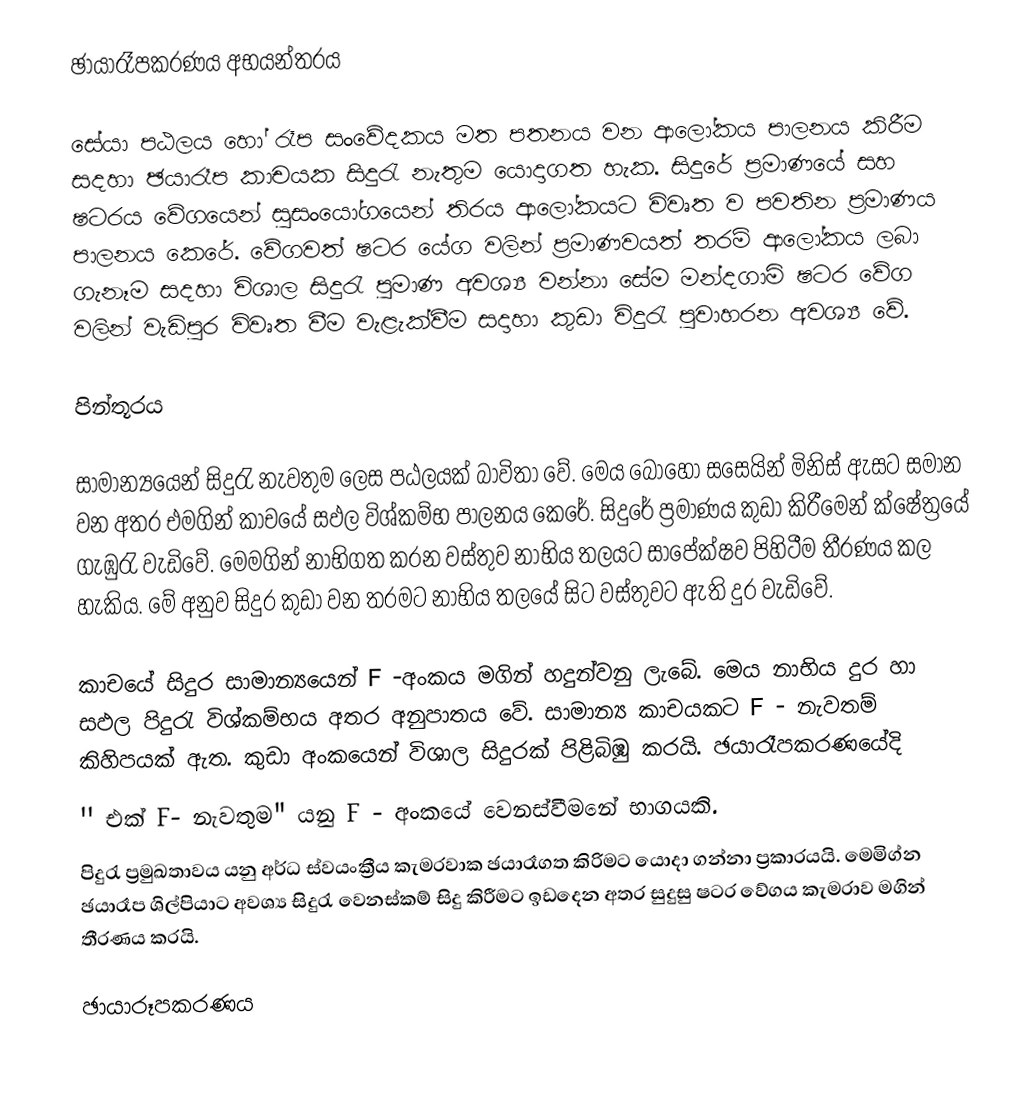
ඡායාරෑපකරණය අභයන්තරය

සේයා පඨලය හෝ රෑප සංවේදකය මත පතනය වන ආලෝකය පාලනය කිරීම සදහා ඡයාරෑප කාචයක සිදුරැ නැතුම යොදාගත හැක. සිදුරේ ප්‍රමාණයේ සහ ෂටරය වේගයෙන් සුසංයෝගයෙන් තිරය ආලෝකයට විවෘත ව පවතින ප්‍රමාණය පාලනය කෙරේ. වේගවත් ෂටර යේග වලින් ප්‍රමාණවයත් තරම් ආලෝකය ලබා ගැනෑම සදහා විශාල සිදුරැ පුමාණ අවශ්‍ය වන්නා සේම මන්දගාමි ෂටර වේග වලින් වැඩිපුර විවෘත වීම වැළැක්වීම සදාහා කුඩා විදුරැ පුවාහරන අවශ්‍ය වේ.

පින්තූරය

සාමාන්‍යයෙන් සිදුරැ නැවතුම ලෙස පඨලයක් බාවිතා වේ. මෙය බොහෝ සසෙයින් මිනිස් ඇසට සමාන වන අතර එමගින් කාචයේ සඵල විශ්කම්භ පාලනය කෙරේ. සිදුරේ ප්‍රමාණය කුඩා කිරීමෙන් ක්ෂේත්‍රයේ ගැඹුරැ වැඩිවේ. මෙමගින් නාභිගත කරන වස්තුව නාභිය තලයට සාපේක්ෂව පිහිටීම තීරණය කල හැකිය. මේ අනුව සිදුර කුඩා වන තරමට නාභිය තලයේ සිට වස්තුවට ඇති දුර වැඩිවේ.

කාචයේ සිදුර සාමාන්‍යයෙන් F -අංකය මගින් හදුන්වනු ලැබේ. මෙය නාභිය දුර හා සඵල පිදුරැ විශ්කම්භය අතර අනුපාතය වේ. සාමාන්‍ය කාචයකට F - නැවතම් කිහිපයක් ඇත. කුඩා අංකයෙන් විශාල සිදුරක් පිළිබිඹු කරයි. ඡයාරෑපකරණයේදි
'' එක් F- නැවතුම" යනු F - අංකයේ වෙනස්වීමනේ   භාගයකි.
පිදුරැ ප්‍රමුඛතාවය යනු අර්ධ ස්වයංක්‍රීය කැමරවාක ඡයාරෑගත කිරිමට යොදා ගන්නා ප්‍රකාරයයි. මෙමිග්න ඡයාරෑප ශිල්පියාට අවශ්‍ය සිදුරැ වෙනස්කම් සිදු කිරීමට ඉඩදෙන අතර සුදුසු ෂටර වේගය කැමරාව මගින් තීරණය කරයි.

ඡායාරූපකරණය